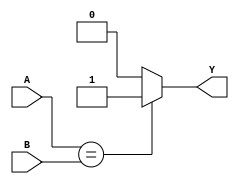
module compare_eq (A, B, Y);
	input [9:0] A;
	input [9:0] B;
	output reg Y;
	
	always@(A, B) begin
		if (A==B) begin
			Y <= 1;
		end else begin
			Y <= 0;
		end
	end
	
endmodule